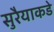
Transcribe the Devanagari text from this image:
सुरैयाकडे